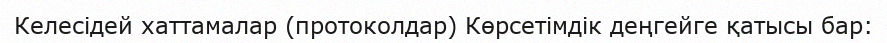
Келесідей хаттамалар (протоколдар) Көрсетімдік деңгейге қатысы бар: